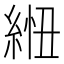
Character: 𦁁